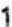
1